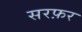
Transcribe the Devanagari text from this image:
सरफ़र